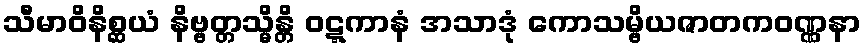
သီမာဝိနိစ္ဆယံ နိဗ္ဗတ္တသ္မိန္တိ ဝဋ္ဋကာနံ အသာဒုံ ကောသမ္ဗိယဇာတကဝဏ္ဏနာ